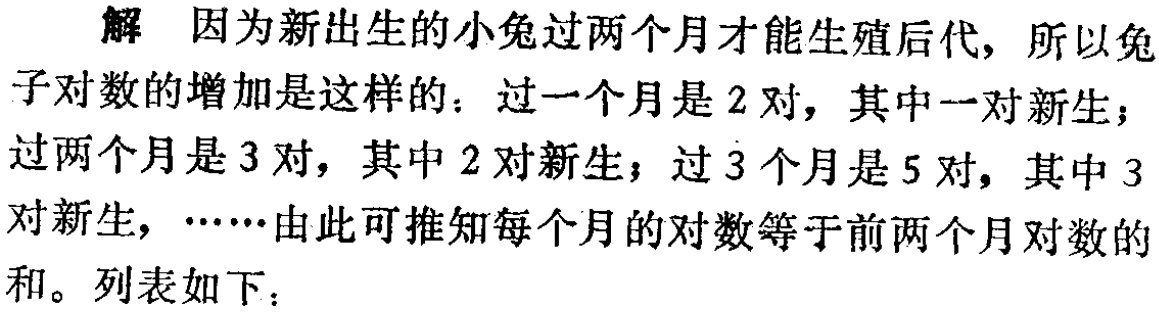
解 因为新出生的小兔过两个月才能生殖后代, 所以兔子对数的增加是这样的：过一个月是 2 对, 其中一对新生；过两个月是 3 对, 其中 2 对新生；过 3 个月是 5 对, 其中 3 对新生, ……由此可推知每个月的对数等于前两个月对数的和。列表如下：